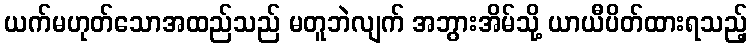
ယက်မဟုတ်သောအထည်သည် မတူဘဲလျက် အဘွားအိမ်သို့ ယာယီပိတ်ထားရသည့်